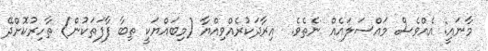
މާނައީ: އެއްވެސް މައްސަލައެއް ނެތެވެ.  އިރާދަކުރެއްވިއްޔާ (މިބައްޔަކީ ތިބާ ފާފަތަކުން) ޠާހިރުކޮށްދޭ